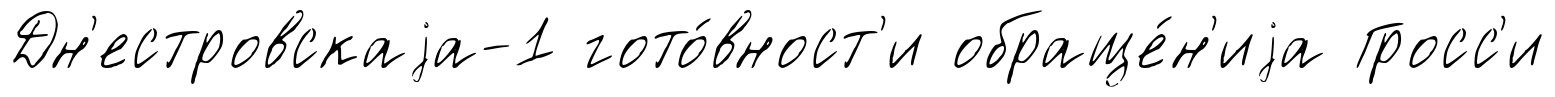
Дн'естровскаjа-1 гото́вност'и обраще́н'иjа Гросс'и